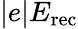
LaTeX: |e|E_{\mathrm{rec}}